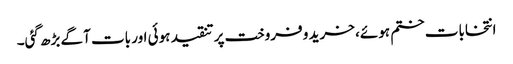
انتخابات ختم ہوئے، خرید و فروخت پر تنقید ہوئی اور بات آگے بڑھ گئی۔